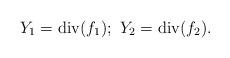
LaTeX: \begin{align*} Y_{1}= \mathrm{div}(f_{1}); \ Y_{2}= \mathrm{div}(f_{2}).\end{align*}